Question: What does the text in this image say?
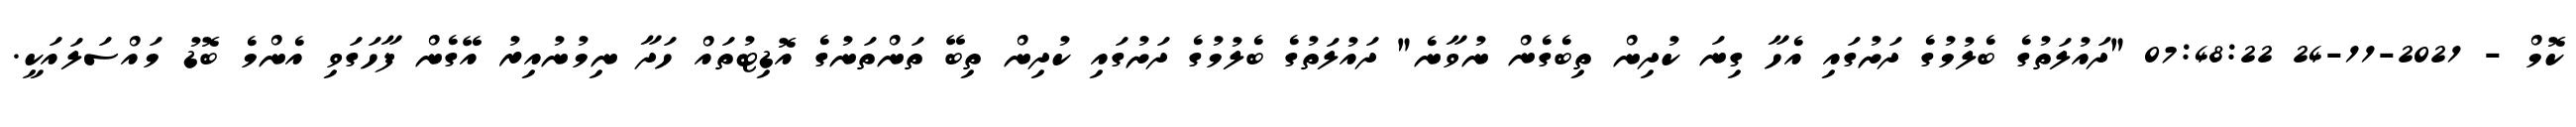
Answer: ކޮމް - 2021-11-24 07:48:22 "ދައުލަތުގެ ބެލުމުގެ ދަށުގައި އެހާ ގިނަ ކުދިން ތިބެގެން ނުވާނެ" ދައުލަތުގެ ބެލުމުގެ ދަށުގައި ކުދިން ތިބޭ ތަންތަނުގެ އޮޑިޓުތައް ހަދާ ނިމުނުއިރު އޭގެން ފާހަގަވި އެންމެ ބޮޑު މައްސަލައަކީ.